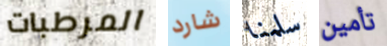
المرطبات شارد سلمنا تأمين